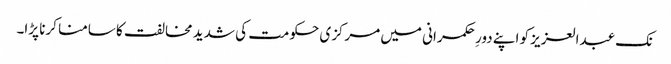
نک عبدالعزیز کو اپنے دورِ حکمرانی میں مرکزی حکومت کی شدید مخالفت کا سامنا کرنا پڑا۔